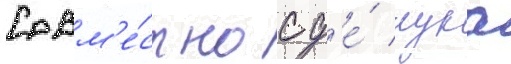
Совм'е́стно с д'е́ лука